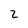
Character: 2